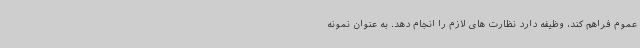
عموم فراهم کند، وظیفه دارد نظارت های لازم را انجام دهد. به عنوان نمونه